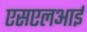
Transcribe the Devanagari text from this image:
एसएलआई